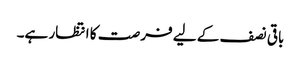
باقی نصف کے لیے فرصت کا انتظار ہے۔